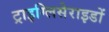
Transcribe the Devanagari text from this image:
ट्राइग्लिसेराइडों